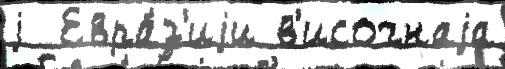
j  Евра́з'иjи в'исочнаjа